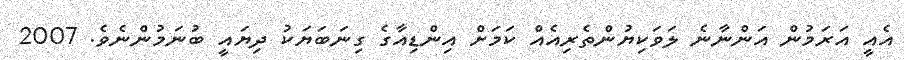
އެއީ އަރަމުން އަންނާނެ ލަވަކިޔުންތެރިއެއް ކަމަށް އިންޑިއާގެ ގިނަބަޔަކު ދިޔައީ ބުނަމުންނެވެ. 2007